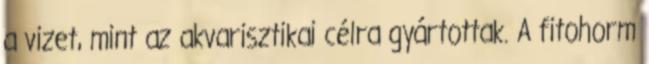
a vizet, mint az akvarisztikai célra gyártottak. A fitohorm